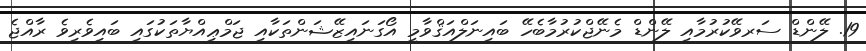
19. ލޭންޑް ސަރވޭކުރުމާއި ލޭންޑް މެނޭޖްކުރުމާބެހޭ ބައިނަލްއަޤްވާމީ އޯގަނައިޒޭޝަންތަކާއި ޖަމްޢިއްޔާތަކުގައި ބައިވެރިވެ ރާއްޖެ